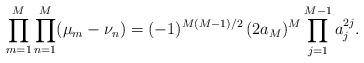
LaTeX: \begin{align*}\prod_{m=1}^M\prod_{n=1}^M(\mu_m-\nu_n)= (-1)^{M(M-1)/2}\,(2 a_M)^M \prod_{j=1}^{M-1}a_j^{2j}.\end{align*}